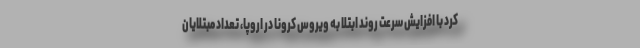
کرد با افزایش سرعت روند ابتلا به ویروس کرونا در اروپا، تعداد مبتلایان